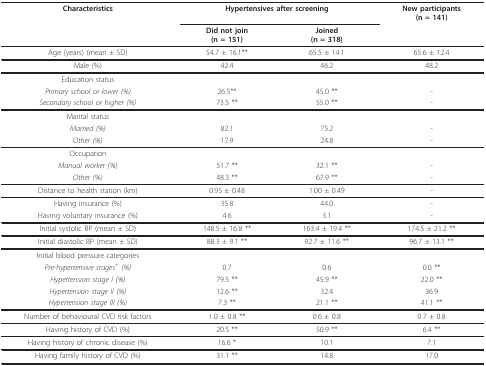
<table><thead><tr><td><b>Characteristics</b></td><td colspan="2"><b>Hypertensives after screening</b></td><td><b>New participants(n = 141)</b></td></tr><tr><td>[EMPTY_CELL]</td><td><b>Did not join(n = 151)</b></td><td><b>Joined(n = 318)</b></td><td>[EMPTY_CELL]</td></tr></thead><tbody><tr><td>Age (years) (mean ± SD)</td><td>54.7 ± 16.1**</td><td>65.5 ± 14.1</td><td>65.6 ± 12.4</td></tr><tr><td>Male (%)</td><td>42.4</td><td>46.2</td><td>48.2</td></tr><tr><td>Education status</td><td>[EMPTY_CELL]</td><td>[EMPTY_CELL]</td><td>[EMPTY_CELL]</td></tr><tr><td><i>Primary school or lower (%)</i></td><td>26.5**</td><td>45.0 **</td><td>-</td></tr><tr><td><i>Secondary school or higher (%)</i></td><td>73.5 **</td><td>55.0 **</td><td>-</td></tr><tr><td>Marital status</td><td>[EMPTY_CELL]</td><td>[EMPTY_CELL]</td><td>[EMPTY_CELL]</td></tr><tr><td><i>Married (%)</i></td><td>82.1</td><td>75.2</td><td>-</td></tr><tr><td><i>Other (%)</i></td><td>17.9</td><td>24.8</td><td>-</td></tr><tr><td>Occupation</td><td>[EMPTY_CELL]</td><td>[EMPTY_CELL]</td><td>[EMPTY_CELL]</td></tr><tr><td><i>Manual worker (%)</i></td><td>51.7 **</td><td>32.1 **</td><td>-</td></tr><tr><td><i>Other (%)</i></td><td>48.3 **</td><td>67.9 **</td><td>-</td></tr><tr><td>Distance to health station (km)</td><td>0.95 ± 0.48</td><td>1.00 ± 0.49</td><td>-</td></tr><tr><td>Having insurance (%)</td><td>35.8</td><td>44.0</td><td>-</td></tr><tr><td>Having voluntary insurance (%)</td><td>4.6</td><td>3.1</td><td>-</td></tr><tr><td>Initial systolic BP (mean ± SD)</td><td>148.5 ± 16.8 **</td><td>163.4 ± 19.4 **</td><td>174.5 ± 21.2 **</td></tr><tr><td>Initial diastolic BP (mean ± SD)</td><td>88.3 ± 9.1 **</td><td>92.7 ± 11.6 **</td><td>96.7 ± 13.1 **</td></tr><tr><td>Initial blood pressure categories</td><td>[EMPTY_CELL]</td><td>[EMPTY_CELL]</td><td>[EMPTY_CELL]</td></tr><tr><td><i>Pre-hypertensive stages<sup>+ </sup>(%)</i></td><td>0.7</td><td>0.6</td><td>0.0 **</td></tr><tr><td><i>Hypertension stage I (%)</i></td><td>79.5 **</td><td>45.9 **</td><td>22.0 **</td></tr><tr><td><i>Hypertension stage II (%)</i></td><td>12.6 **</td><td>32.4</td><td>36.9</td></tr><tr><td><i>Hypertension stage III (%)</i></td><td>7.3 **</td><td>21.1 **</td><td>41.1 **</td></tr><tr><td>Number of behavioural CVD risk factors</td><td>1.0 ± 0.8 **</td><td>0.6 ± 0.8</td><td>0.7 ± 0.8</td></tr><tr><td>Having history of CVD (%)</td><td>20.5 **</td><td>50.9 **</td><td>6.4 **</td></tr><tr><td>Having history of chronic disease (%)</td><td>16.6 *</td><td>10.1</td><td>7.1</td></tr><tr><td>Having family history of CVD (%)</td><td>31.1 **</td><td>14.8</td><td>17.0</td></tr></tbody></table>